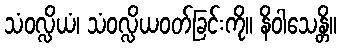
သံဝလ္လိယံ၊ သံဝလ္လိယဝတ်ခြင်းကို။ နိဝါသေန္တိ။